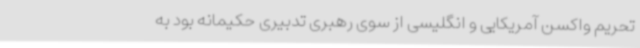
تحریم واکسن آمریکایی و انگلیسی از سوی رهبری تدبیری حکیمانه بود به